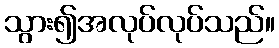
သွား၍အလုပ်လုပ်သည်။